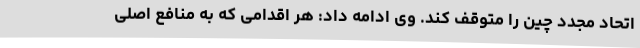
اتحاد مجدد چین را متوقف کند. وی ادامه داد: هر اقدامی که به منافع اصلی